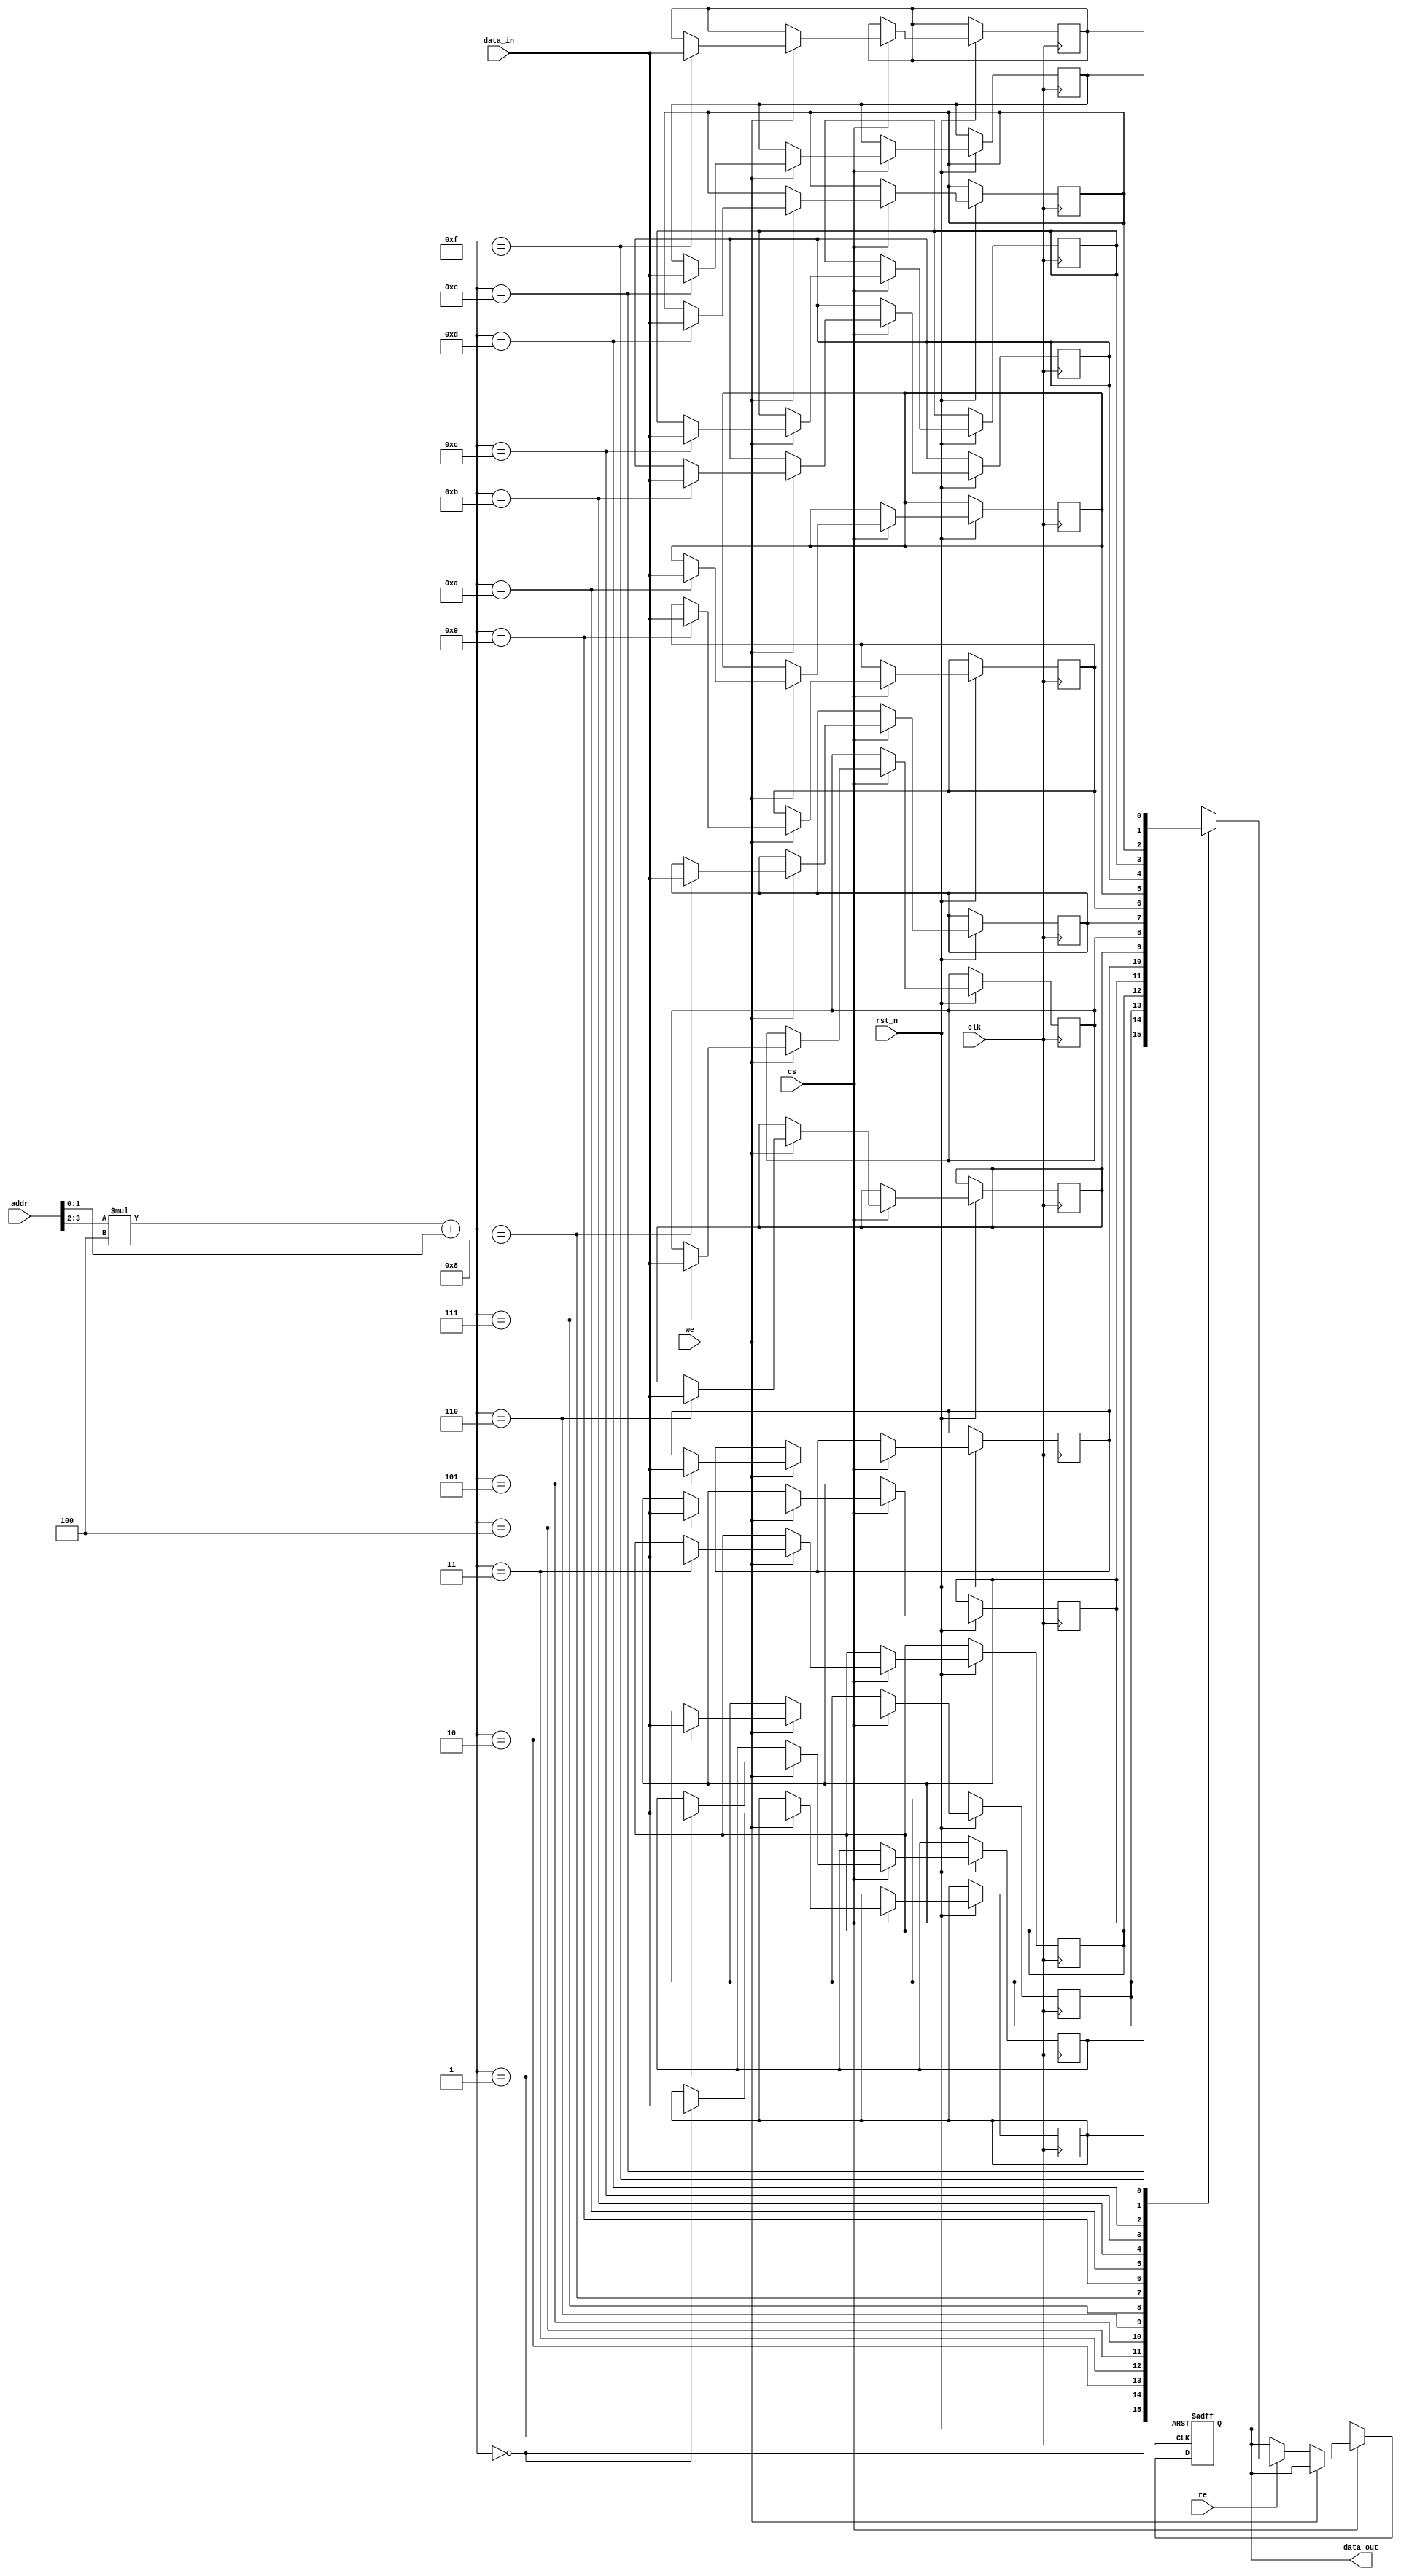
module SLC_EEPROM (
    input wire clk,
    input wire rst_n,
    input wire cs,              // Chip Select
    input wire we,              // Write Enable
    input wire re,              // Read Enable
    input wire [addr_width-1:0] addr, // Address
    input wire data_in,         // Data Input
    output reg data_out         // Data Output
);

parameter num_rows = 4;       // Number of rows in the memory
parameter num_cols = 4;       // Number of columns in the memory
parameter addr_width = 4;     // Address width (2^addr_width = num_rows * num_cols)

reg memory [0:num_rows-1][0:num_cols-1]; // 2D Memory array

// Address Decoder
wire [1:0] row_addr;  // Row address
wire [1:0] col_addr;  // Column address

assign row_addr = addr[addr_width-1:addr_width-2]; // Extract row from address
assign col_addr = addr[addr_width-3:0];            // Extract column from address

// Control Logic
always @(posedge clk or negedge rst_n) begin
    if (!rst_n) begin 
        data_out <= 1'b0; // Clear data output on reset
    end else if (cs) begin
        if (we) begin
            // Write data to memory
            memory[row_addr][col_addr] <= data_in;
        end else if (re) begin
            // Read data from memory
            data_out <= memory[row_addr][col_addr];
        end
    end
end

// Optional: Debugging logic to read the entire memory (for testing)
integer i, j;
initial begin
    // Initialize memory to a known state (e.g., all 1's)
    for (i = 0; i < num_rows; i = i + 1) begin
        for (j = 0; j < num_cols; j = j + 1) begin
            memory[i][j] = 1'b1; // Default state for SLC EEPROM (all cells erased)
        end
    end
end

endmodule